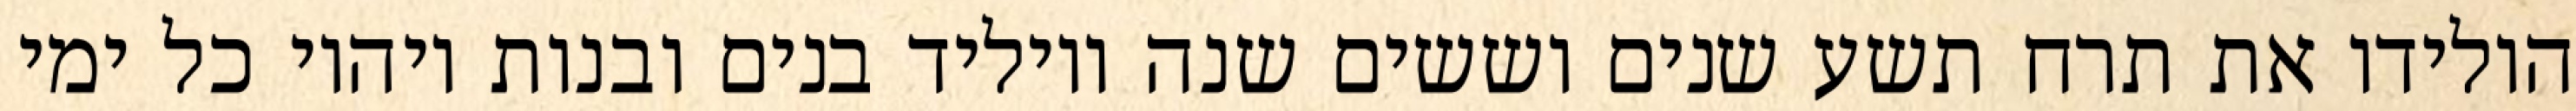
הולידו את תרח תשע שנים וששים שנה ויוליד בנים ובנות ויהיו כל ימי